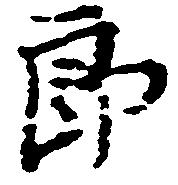
郎